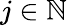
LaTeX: j\in\mathbb N